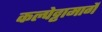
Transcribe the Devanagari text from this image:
कल्पेट्टामार्गे